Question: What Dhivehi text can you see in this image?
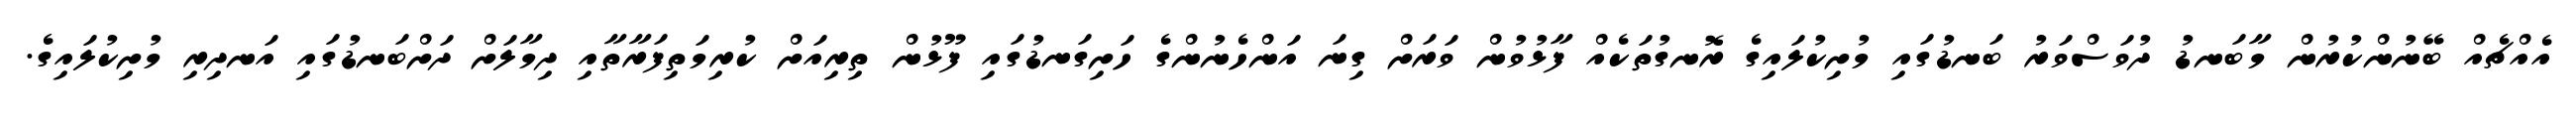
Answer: އެއްޗެއް ބޭނުންކުރުން މާބަނޑު ދުވަސްވަރު ބަނޑުގައި މުށިކުލައިގެ ރޮނގުތަކެއް ފާޅުވުން ވަރަށް ގިނަ އަންހެނުންގެ ހަށިގަނޑުގައި ފޫޅުން ތިރިއަށް ކުރިމަތިފަރާތާއި ދިމާލަށް ދަށްބަނޑުގައި އަނދިރި މުށިކުލައިގެ.